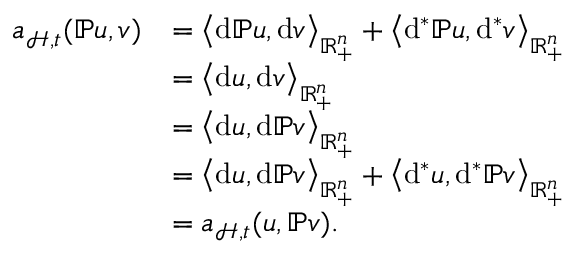
\begin{array} { r l } { \mathfrak { a } _ { \mathcal { H } , \mathfrak { t } } ( \mathbb { P } u , v ) } & { = \big \langle \mathrm { d } \mathbb { P } u , \mathrm { d } v \big \rangle _ { \mathbb { R } _ { + } ^ { n } } + \big \langle \mathrm { d } ^ { \ast } \mathbb { P } u , \mathrm { d } ^ { \ast } v \big \rangle _ { \mathbb { R } _ { + } ^ { n } } } \\ & { = \big \langle \mathrm { d } u , \mathrm { d } v \big \rangle _ { \mathbb { R } _ { + } ^ { n } } } \\ & { = \big \langle \mathrm { d } u , \mathrm { d } \mathbb { P } v \big \rangle _ { \mathbb { R } _ { + } ^ { n } } } \\ & { = \big \langle \mathrm { d } u , \mathrm { d } \mathbb { P } v \big \rangle _ { \mathbb { R } _ { + } ^ { n } } + \big \langle \mathrm { d } ^ { \ast } u , \mathrm { d } ^ { \ast } \mathbb { P } v \big \rangle _ { \mathbb { R } _ { + } ^ { n } } } \\ & { = \mathfrak { a } _ { \mathcal { H } , \mathfrak { t } } ( u , \mathbb { P } v ) \mathrm { . ~ } } \end{array}